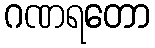
ဂဏရတော